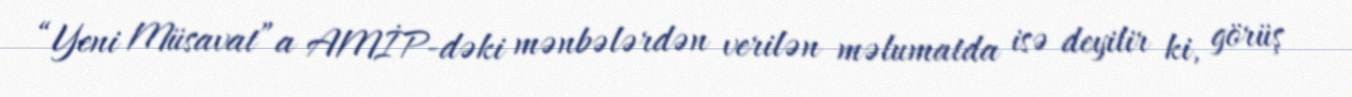
“Yeni Müsavat”a AMİP-dəki mənbələrdən verilən məlumatda isə deyilir ki, görüş